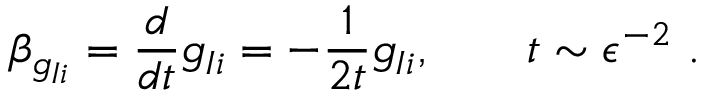
\beta _ { g _ { I i } } = \frac { d } { d t } g _ { I i } = - \frac { 1 } { 2 t } g _ { I i } , \qquad t \sim \epsilon ^ { - 2 } ~ .